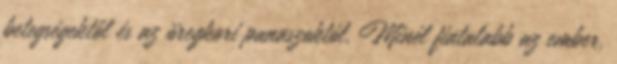
betegségektől és az öregkori panaszoktól. Minél fiatalabb az ember,